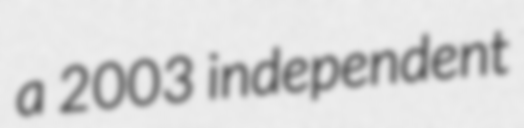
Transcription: a 2003 independent